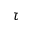
\tau